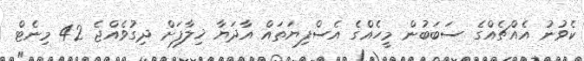
ކެވުނު އެއްޗެއްގެ ސަބަބުން މީހެއްގެ އެސްފިޔަތައް އާދަޔާ ޚިލާފަށް ދިގުވެއްޖެ 42 މިނެޓް